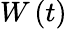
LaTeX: W\left(t\right)